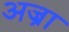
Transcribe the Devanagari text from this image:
अज्रा